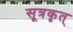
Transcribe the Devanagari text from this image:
सूत्रकृत्